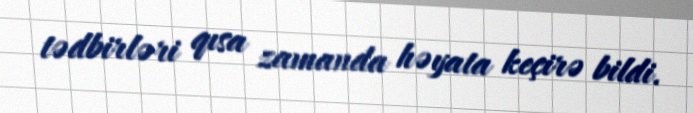
tədbirləri qısa zamanda həyata keçirə bildi.